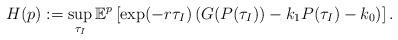
LaTeX: \begin{align*}H(p):=\sup\limits_{\tau_I}\mathbb{E}^p\left[\exp(-r\tau_I)\left(G(P(\tau_I))-k_1P(\tau_I)-k_0\right)\right].\end{align*}